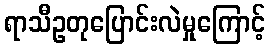
ရာသီဥတုပြောင်းလဲမှုကြောင့်